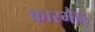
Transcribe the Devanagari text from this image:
कारमैन